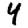
Digit: 4